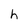
Character: h